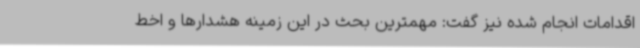
اقدامات انجام شده نیز گفت: مهمترین بحث در این زمینه هشدارها و اخط